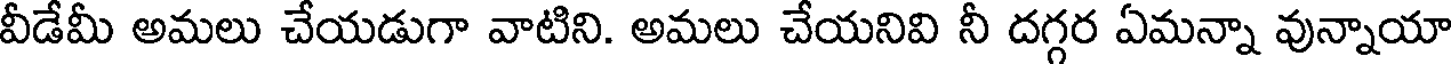
వీడేమీ అమలు చేయడుగా వాటిని. అమలు చేయనివి నీ దగ్గర ఏమన్నా వున్నాయా